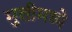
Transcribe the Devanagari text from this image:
मुलीमध्ये